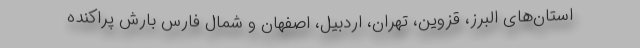
استان‌های البرز، قزوین، تهران، اردبیل، اصفهان و شمال فارس بارش پراکنده